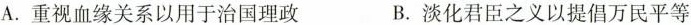
A.重视血缘关系以用于治国理政 B.淡化君臣之义以提倡万民平等